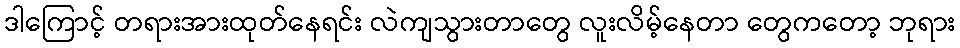
ဒါကြောင့် တရားအားထုတ်နေရင်း လဲကျသွားတာတွေ လူးလိမ့်နေတာ တွေကတော့ ဘုရား